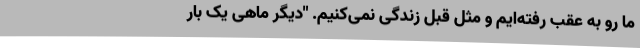
ما رو به عقب رفته‌ایم و مثل قبل زندگی نمی‌کنیم. "دیگر ماهی یک بار